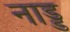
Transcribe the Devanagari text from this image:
नाड्ड